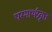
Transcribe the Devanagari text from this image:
परमार्थप्रवृत्त